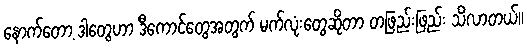
နောက်တော့ ဒါတွေဟာ ဒီကောင်တွေအတွက် မက်လုံးတွေဆိုတာ တဖြည်းဖြည်း သိလာတယ်။